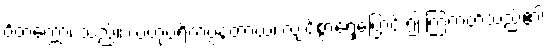
ဝိတက္ကော၊ သည်။ လဟုပရိကပ္ပနတာယ၊ လျင်စွာရွှေ့ပြောင်း၍ ကြံတတ်သည်၏